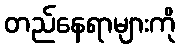
တည်နေရာများကို